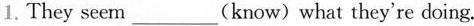
1. They seem_(know) what they're doing.